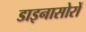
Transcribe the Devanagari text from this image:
डाइनासोरों